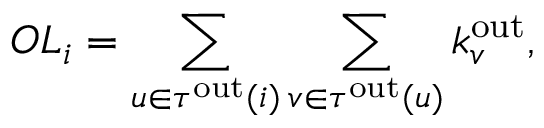
O L _ { i } = \sum _ { u \in \tau ^ { \mathrm { o u t } } ( i ) } \sum _ { v \in \tau ^ { \mathrm { o u t } } ( u ) } k _ { v } ^ { \mathrm { o u t } } ,